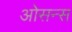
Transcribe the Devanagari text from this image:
ओसन्स